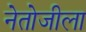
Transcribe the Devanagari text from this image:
नेतोजीला